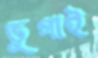
ভুগাই